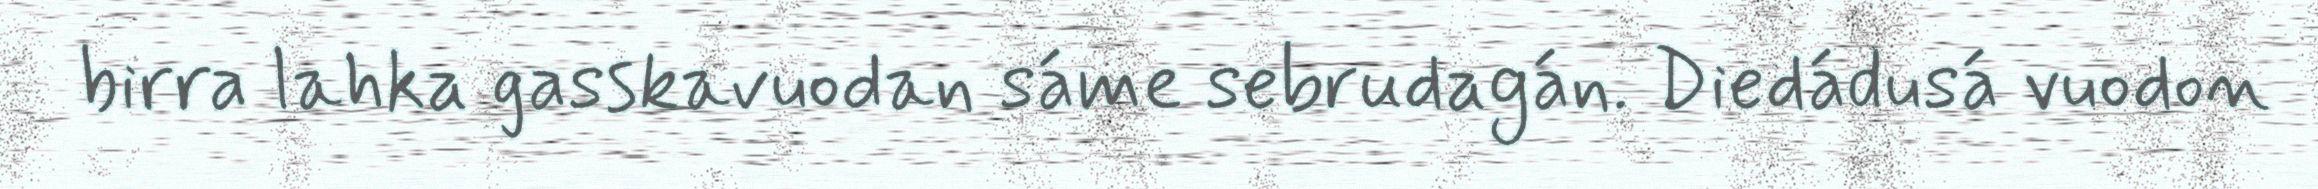
birra lahka gasskavuodan sáme sebrudagán. Diedádusá vuodon